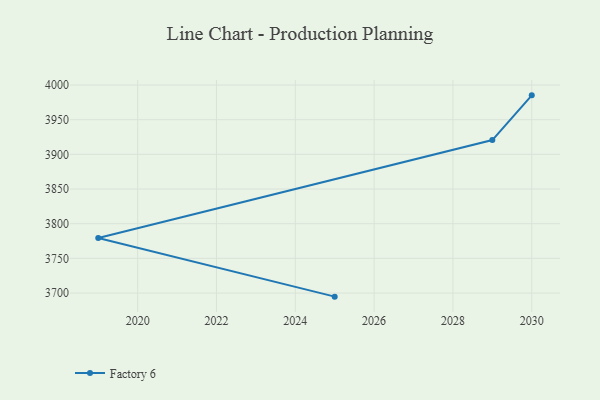
{"axis": {"x": "Year", "y": "Inventory Turnover"}, "legend": ["Factory 6"], "data": [{"x": "2030", "y": 3985.1, "type": "Factory 6"}, {"x": "2029", "y": 3920.6, "type": "Factory 6"}, {"x": "2019", "y": 3779.3, "type": "Factory 6"}, {"x": "2025", "y": 3694.8, "type": "Factory 6"}]}